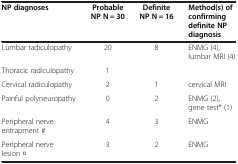
| NP diagnoses | Probable NP N = 30 | Definite NP N = 16 | Method(s) of confirming definite NP diagnosis |
 | --- | --- | --- | --- |
 | Lumbar radiculopathy | 20 | 8 | ENMG (4), lumbar MRI (4) |
 | Thoracic radiculopathy | 1 |  |  |
 | Cervical radiculopathy | 2 | 1 | cervical MRI |
 | Painful polyneuropathy | 0 | 2 | ENMG (2), gene test* (1) |
 | Peripheral nerve entrapment # | 4 | 3 | ENMG |
 | Peripheral nerve lesion ¤ | 3 | 2 | ENMG |